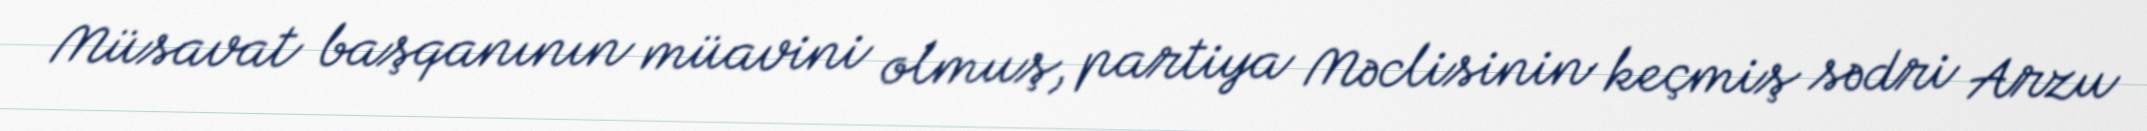
Müsavat başqanının müavini olmuş, partiya Məclisinin keçmiş sədri Arzu